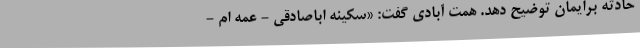
حادثه برایمان توضیح دهد. همت آبادی گفت: «سکینه اباصادقی - عمه ام -